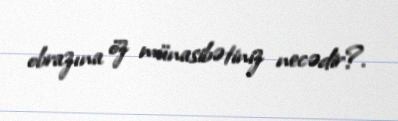
obrazına öz münasibətiniz necədir?.